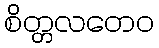
စိတ္တလတေဝ